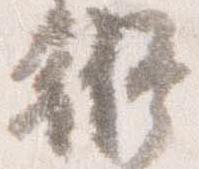
修